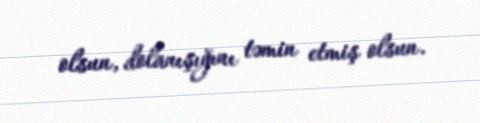
olsun, dolanışığını təmin etmiş olsun.